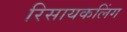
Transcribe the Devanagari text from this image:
रिसायकलिंग